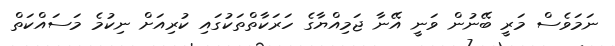
ނަމަވެސް މަރީ ބޭނުން ވަނީ އޭނާ ޖަމިއްޔާގެ ހަރަކާތްތަކުގައި ކުރިއަށް ނިކުމެ މަސައްކަތް